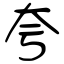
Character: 夸